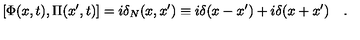
[ \Phi ( x , t ) , \Pi ( x ^ { \prime } , t ) ] = i \delta _ { N } ( x , x ^ { \prime } ) \equiv i \delta ( x - x ^ { \prime } ) + i \delta ( x + x ^ { \prime } ) \quad .